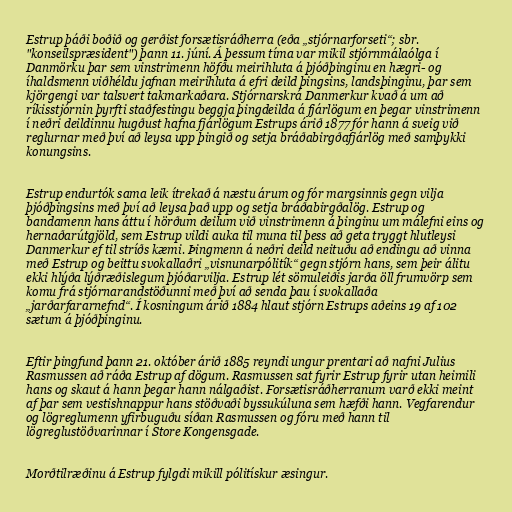
Estrup þáði boðið og gerðist forsætisráðherra (eða „stjórnarforseti“; sbr.
"konseilspræsident") þann 11. júní. Á þessum tíma var mikil stjórnmálaólga í
Danmörku þar sem vinstrimenn höfðu meirihluta á þjóðþinginu en hægri- og
íhaldsmenn viðhéldu jafnan meirihluta á efri deild þingsins, landsþinginu, þar sem
kjörgengi var talsvert takmarkaðara. Stjórnarskrá Danmerkur kvað á um að
ríkisstjórnin þyrfti staðfestingu beggja þingdeilda á fjárlögum en þegar vinstrimenn
í neðri deildinnu hugðust hafna fjárlögum Estrups árið 1877 fór hann á sveig við
reglurnar með því að leysa upp þingið og setja bráðabirgðafjárlög með samþykki
konungsins.

Estrup endurtók sama leik ítrekað á næstu árum og fór margsinnis gegn vilja
þjóðþingsins með því að leysa það upp og setja bráðabirgðalög. Estrup og
bandamenn hans áttu í hörðum deilum við vinstrimenn á þinginu um málefni eins og
hernaðarútgjöld, sem Estrup vildi auka til muna til þess að geta tryggt hlutleysi
Danmerkur ef til stríðs kæmi. Þingmenn á neðri deild neituðu að endingu að vinna
með Estrup og beittu svokallaðri „visnunarpólitík“ gegn stjórn hans, sem þeir álitu
ekki hlýða lýðræðislegum þjóðarvilja. Estrup lét sömuleiðis jarða öll frumvörp sem
komu frá stjórnarandstöðunni með því að senda þau í svokallaða
„jarðarfararnefnd“. Í kosningum árið 1884 hlaut stjórn Estrups aðeins 19 af 102
sætum á þjóðþinginu.

Eftir þingfund þann 21. október árið 1885 reyndi ungur prentari að nafni Julius
Rasmussen að ráða Estrup af dögum. Rasmussen sat fyrir Estrup fyrir utan heimili
hans og skaut á hann þegar hann nálgaðist. Forsætisráðherranum varð ekki meint
af þar sem vestishnappur hans stöðvaði byssukúluna sem hæfði hann. Vegfarendur
og lögreglumenn yfirbuguðu síðan Rasmussen og fóru með hann til
lögreglustöðvarinnar í Store Kongensgade.

Morðtilræðinu á Estrup fylgdi mikill pólitískur æsingur.